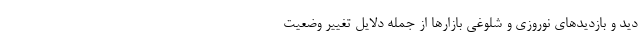
دید و بازدیدهای نوروزی و شلوغی بازارها از جمله دلایل تغییر وضعیت